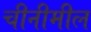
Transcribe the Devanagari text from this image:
चीनीमील